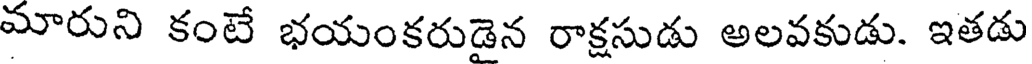
మారుని కంటే భయంకరుడైన రాక్షసుడు అలవకుడు. ఇతడు